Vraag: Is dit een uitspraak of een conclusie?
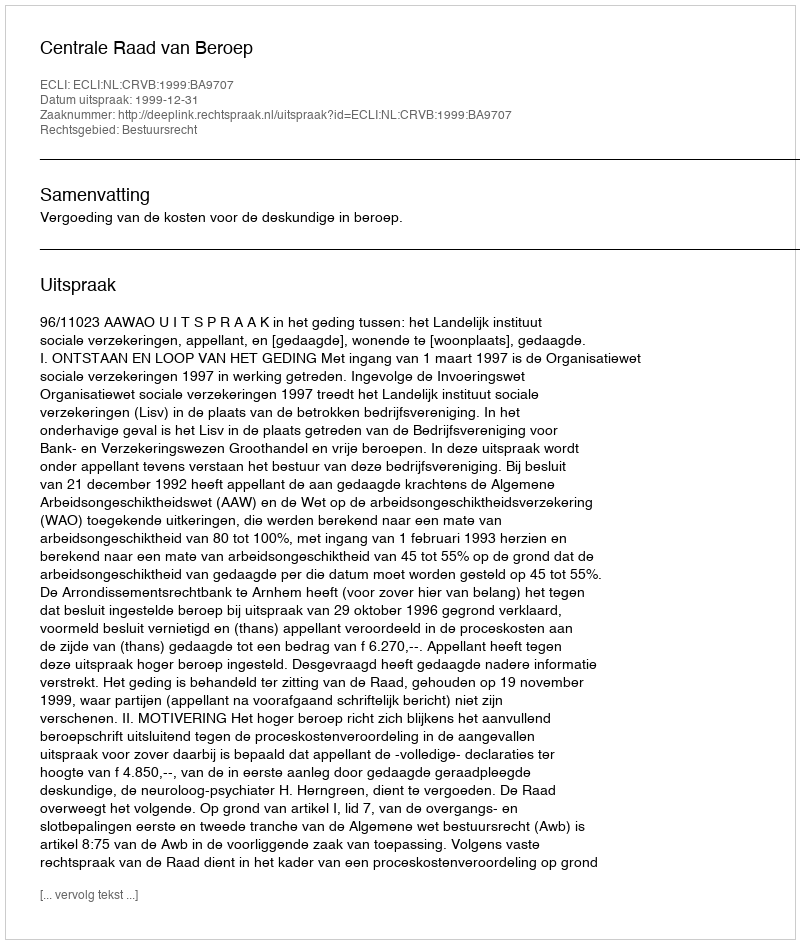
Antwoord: Uitspraak